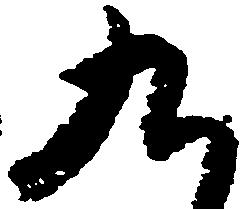
九